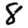
Digit: 8